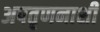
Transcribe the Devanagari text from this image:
अपतृणनाशी